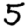
Digit: 5